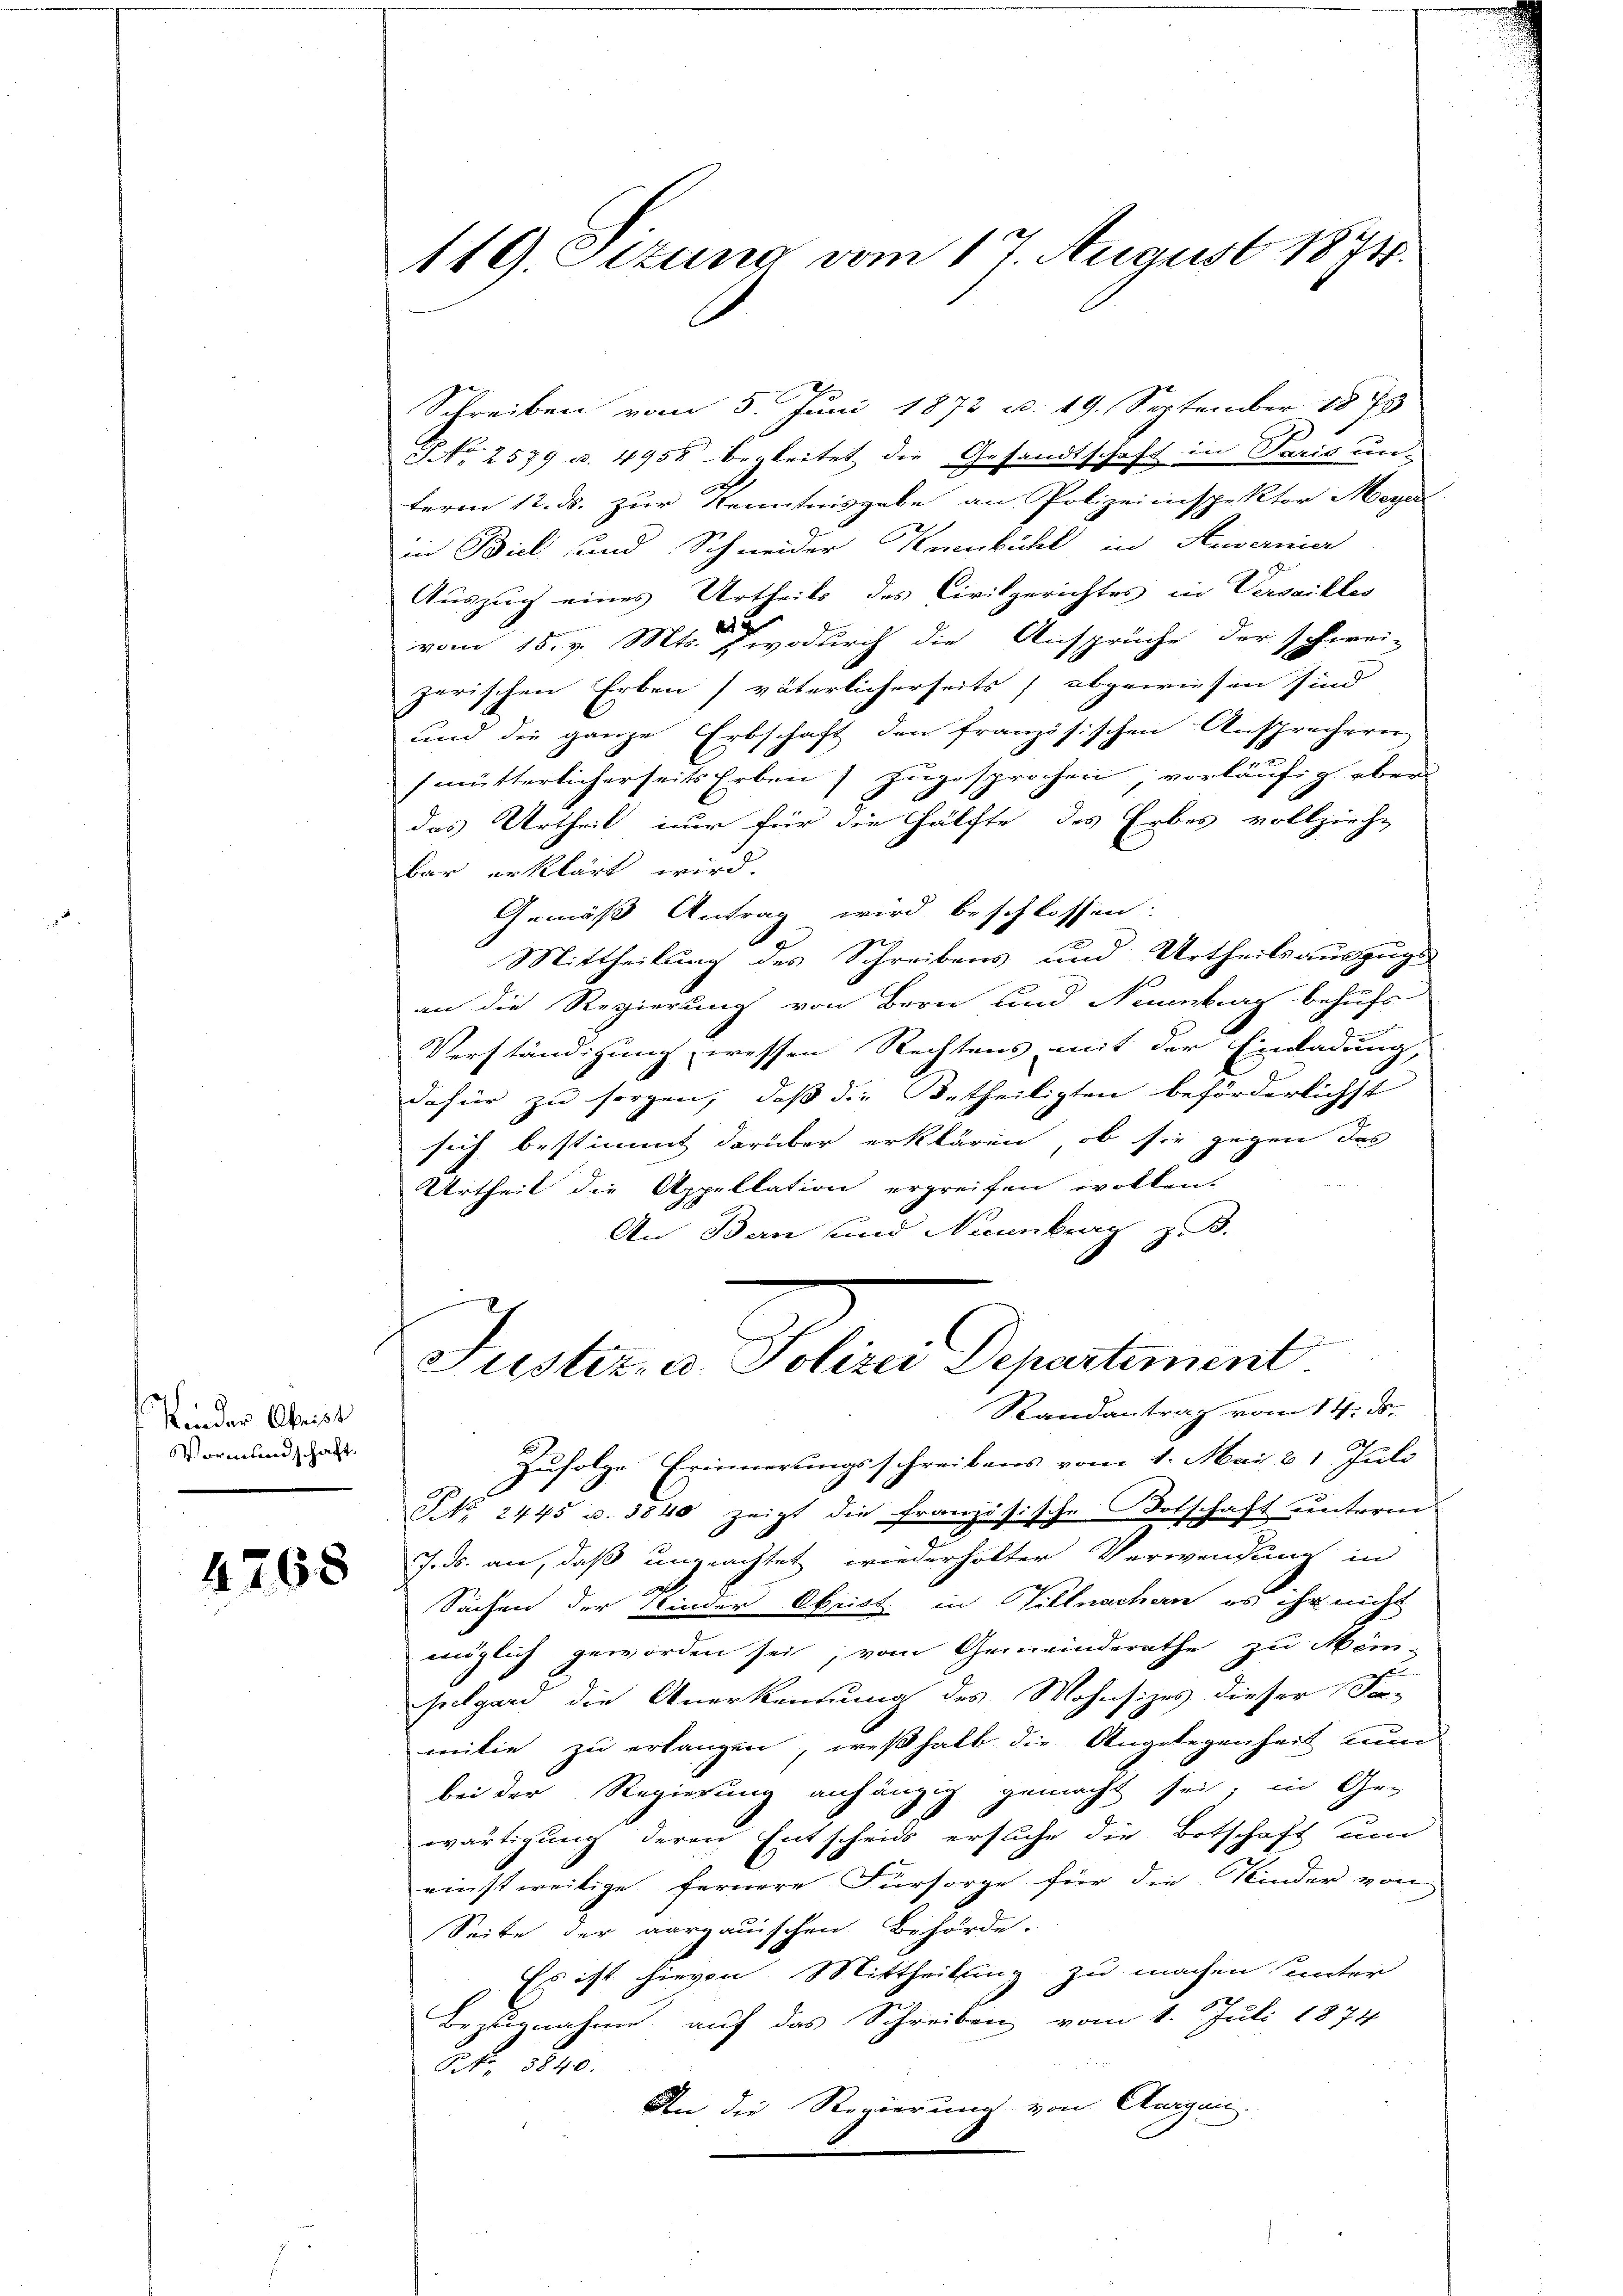
Kinder Obrist
Vormundschaft.

4768

Schreiben vom 5. Juni 1873 u. 19. September 1878
NNo. 2579 u. 4958 begleitet die Gesandtschaft in Paris un-
term 12. ds. zur Kenntnisgabe an Polizeiinspektor Meyer
in Biel und Schneider Kumbühl in Stuwernier
Auszug eines Urtheils des Civilgerichtes in Verseilles
vom 15. v. Mts., wodurch die Ansprüche der schwei-
zerischen Erben väterlicherseits abgewiesen sind
und die ganze Erbschaft den französischen Ansprechern
(mütterlicherseits Erben) zugesprochen vorläufig über
das Urtheil nur für die Hälfte des Erbes vollzieh-
bar erklärt wird.
Gemäss Antrag wird beschlossen:
Mittheilung des Schreibens und Urtheilsauszugs
an die Regierung von Bern und Neuenburg behufs
Verständigung, wessen Rechtens mit der Einladung,
dafür zu sorgen, daß die Betheiligten beförderlichst
sich bestimmt darüber erklären, ob sie gegen das
Urtheil die Appellation ergreifen wollen.
An Ban und Nannbrg z. B.
g
Justiz, u. Polizei Departement.

119. Sizung vom 17. August 1874.

Randantrag vom 14. ds.

Zufolge Erinnerungsschreibens vom 1. Mai & 1 Juli
NNNo. 2445 u. 3840 zeigt die französische Botschaft unterm
J. J. an, daß ungeachtet wiederholter Verwendung in
Sachen der Kinder Obrist in Villnachen es ihr nicht
möglich geworden sei, vom Gemeinderathe zu Mäm-
segard die Anerkennung des Mohnsizes dieser Fa-
milie zu erlangen, weßhalb die Angelegenheit zum
bei der Regierung anhängig gemacht sei, in Ge-
wärtigung deren Entscheids ersuche die Botschaft um
einstweitige fernere Fürsorge für die Kinder von
Seite der aargauischen Behörde.
Es ist hievon Mittheilung zu machen unter
Bezugnahme auf das Schreiben vom 1. Juli 1874
Nr. 3840.
An die Regierung von Augen.